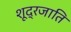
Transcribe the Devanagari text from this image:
शूद्रजाति